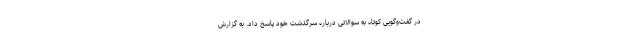
در گفت‌وگویی کوتاه به سوالاتی درباره سرگذشت خود پاسخ داد. به گزارش